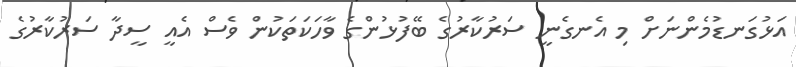
އަޅުގަނޑުމެންނަށް މި އެނގެނީ ސަރުކާރުގެ ބޭފުޅުންގެ ވާހަކަތަކުން ވެސް އެއީ ސީދާ ސަރުކާރުގެ